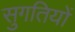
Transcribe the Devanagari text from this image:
सुगतियों